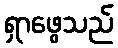
ရှာဖွေသည်